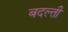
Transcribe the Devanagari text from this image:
बदल्ती